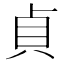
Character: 貞